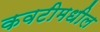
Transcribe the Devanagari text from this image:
कवटीमधील